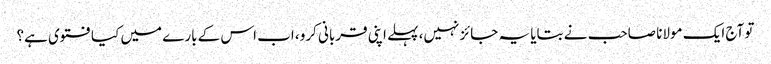
تو آج ایک مولانا صاحب نے بتایا یہ جائز نہیں، پہلے اپنی قربانی کرو، اب اس کے بارے میں کیا فتوی ہے؟